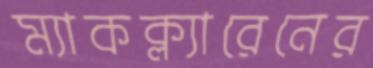
ম্যাকক্ল্যারেনের